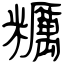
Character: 糲